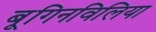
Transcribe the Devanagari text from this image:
बूगिनविलिया